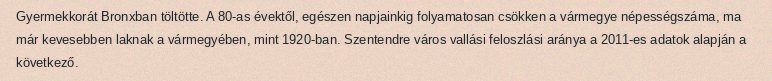
Gyermekkorát Bronxban töltötte. A 80-as évektől, egészen napjainkig folyamatosan csökken a vármegye népességszáma, ma már kevesebben laknak a vármegyében, mint 1920-ban. Szentendre város vallási feloszlási aránya a 2011-es adatok alapján a következő.